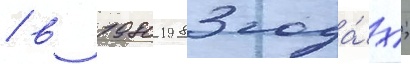
/ в 1980-1983 года́х;